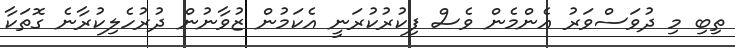
ތިބި މި ދުވަސްވަރު އެންމެން ވެސް ފިކުރުކުރަނީ އެކަމުން ޒުވާނުން ދުރުހެލިކުރާނެ ގޮތަކާ